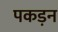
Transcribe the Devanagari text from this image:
पकड़न